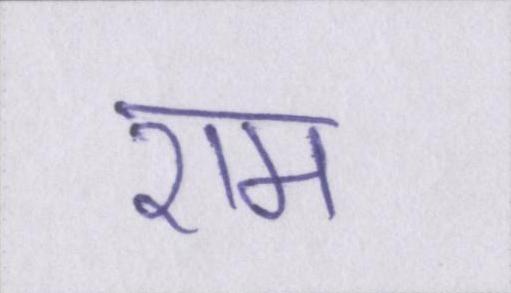
राम